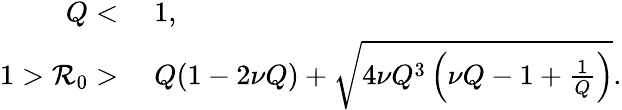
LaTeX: \begin{array}{rl}{Q<}&{{}\; 1,}\\ {1>\mathcal{R}_{0}>}&{{}\; Q(1-2\nu Q)+\sqrt{4\nu Q^{3}\left(\nu Q-1+\frac{1}{Q}\right)}.}\end{array}